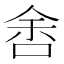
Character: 𱒱